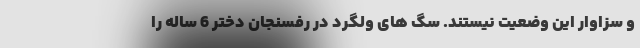
و سزاوار این وضعیت نیستند. سگ های ولگرد در رفسنجان دختر 6 ساله را